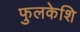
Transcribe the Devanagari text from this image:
फुलकेशि